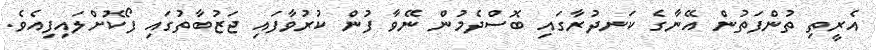
އެރީތި ތުންފަތުން އޭނާގެ ކަނދުރާގައި ބޮސްދެމުން ނޭވާ ފުން ކުރުވާފައި ޖަޒުބާތުގައި ފޯކޮށްލައިފިއެވެ.